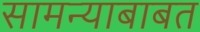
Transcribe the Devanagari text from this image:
सामन्याबाबत